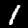
Digit: 1